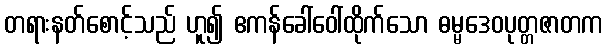
တရားနတ်စောင့်သည် ဟူ၍ ဧကန်ခေါ်ဝေါ်ထိုက်သော ဓမ္မဒေဝပုတ္တဇာတက